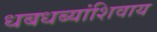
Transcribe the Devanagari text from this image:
धबधब्यांशिवाय